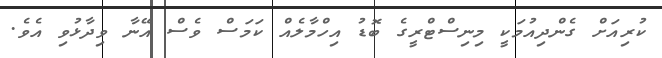
ކުރިއަށް ގެންދިއުމަކީ މިނިސްޓްރީގެ ބޮޑު އިހްމާލެއް ކަމަސް ވެސް އޭނާ ވިދާޅުވި އެވެ.